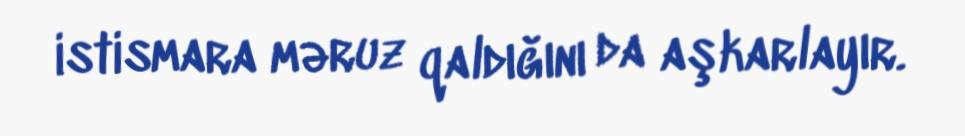
istismara məruz qaldığını da aşkarlayır.